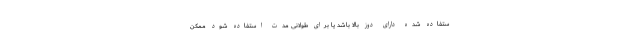
ستفاده شده دارای دوز بالا باشد یا برای طولانی مدت استفاده شود ممکن